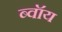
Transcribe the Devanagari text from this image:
ब्‍वॉय